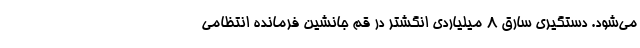
می‌شود. دستگیری سارق ۸ میلیاردی انگشتر در قم جانشین فرمانده انتظامی